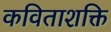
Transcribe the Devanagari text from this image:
कविताशक्ति